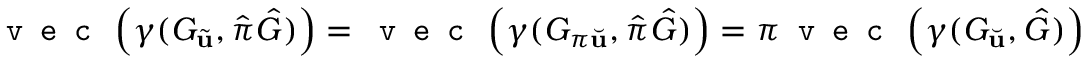
\texttt { v e c } \left( \gamma ( G _ { \tilde { \mathbf { u } } } , \hat { \pi } \hat { G } ) \right) = \texttt { v e c } \left( \gamma ( G _ { \pi \Breve { \mathbf { u } } } , \hat { \pi } \hat { G } ) \right) = \pi \texttt { v e c } \left( \gamma ( G _ { \Breve { \mathbf { u } } } , \hat { G } ) \right)